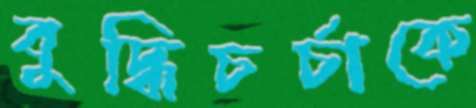
বুদ্ধিচর্চাকে